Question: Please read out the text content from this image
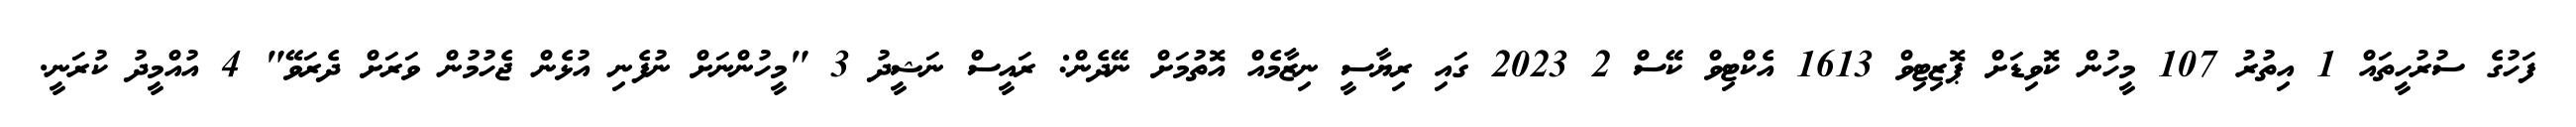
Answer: ފަހުގެ ސުރުހީތައް 1 އިތުރު 107 މީހުން ކޮވިޑަށް ޕޮޒިޓިވް 1613 އެކްޓިވް ކޭސް 2 2023 ގައި ރިޔާސީ ނިޒާމެއް އޮތުމަށް ނޭދެން: ރައީސް ނަޝީދު 3 "މީހުންނަށް ނުފެނި އުޅެން ޖެހުމުން ވަރަށް ދެރަވޭ" 4 އުއްމީދު ކުރަނީ.